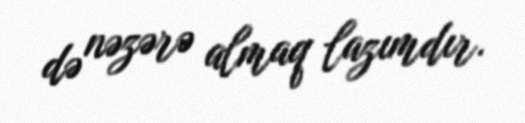
də nəzərə almaq lazımdır.